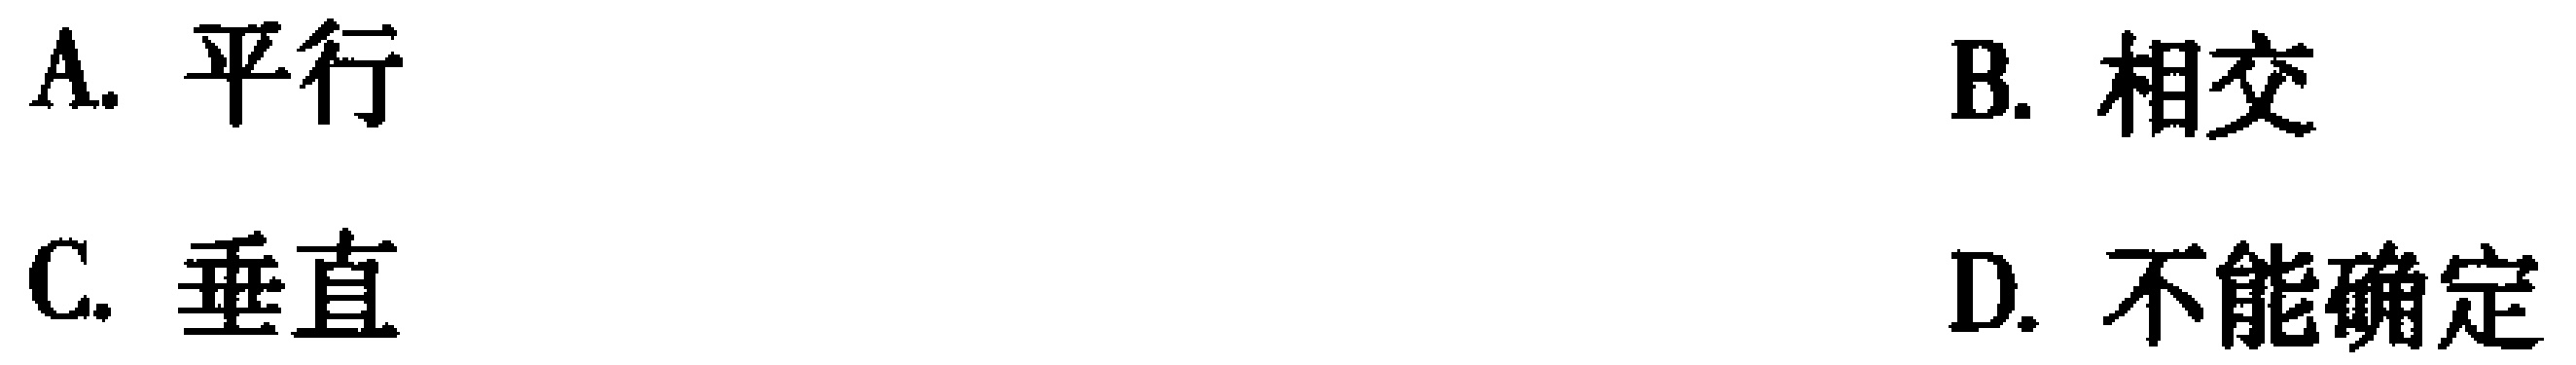
A. 平行
B. 相交
C. 垂直
D. 不能确定